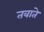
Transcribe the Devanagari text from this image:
तवाते